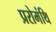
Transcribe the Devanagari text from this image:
प्ररोमंथि